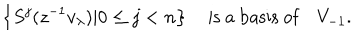
LaTeX: \left\{ S ^ { j } ( z ^ { - 1 } v _ { \lambda } ) | 0 \leq j < n \right\} \quad \mathrm { i s ~ a ~ b a s i s ~ o f } \quad V _ { - 1 } .